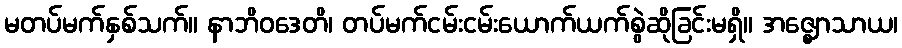
မတပ်မက်နှစ်သက်။ နာဘိဝဒေတိ၊ တပ်မက်ငမ်းငမ်းယောက်ယက်စွဲဆိုခြင်းမရှိ။ အဇ္ဈောသာယ၊